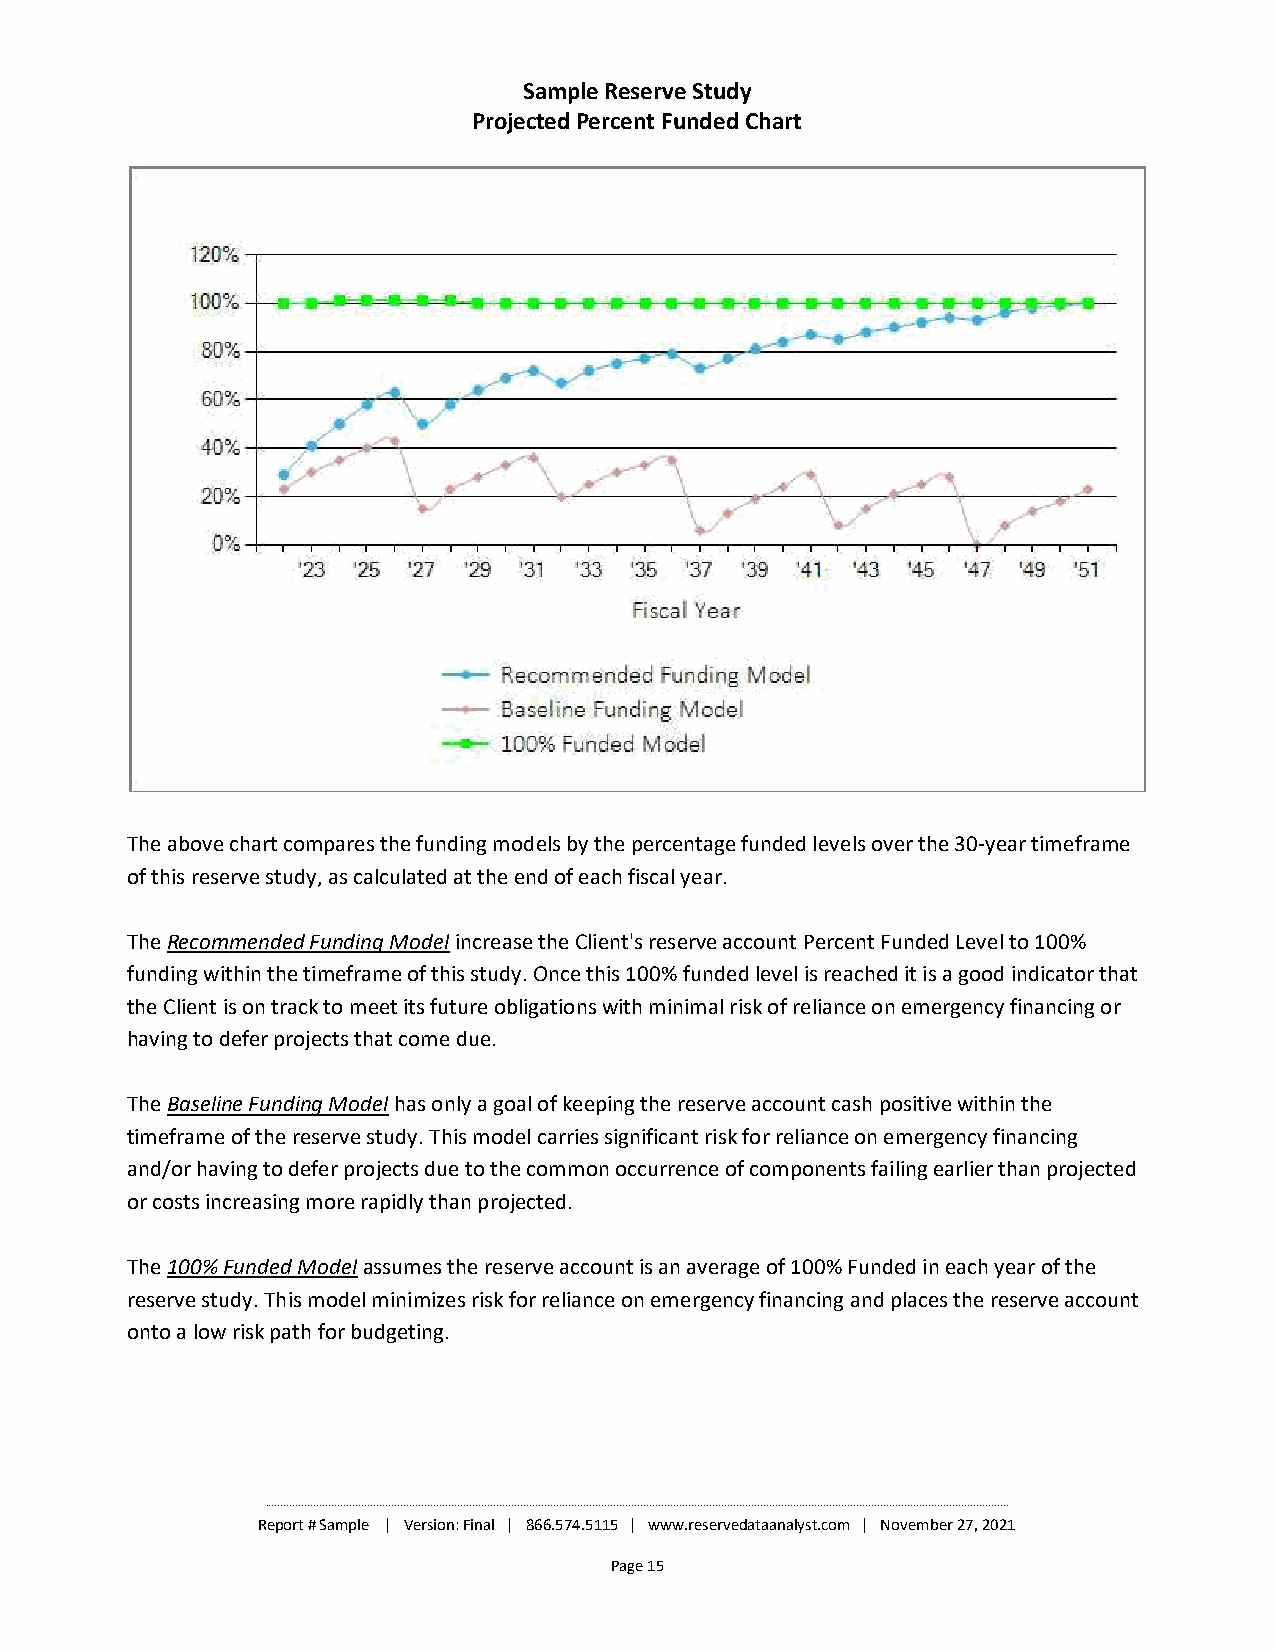
Sample Reserve Study
 Projected Percent Funded Chart
 The above chart compares the funding models by the percentage funded levels over the 30-year timeframe
 of this reserve study, as calculated at the end of each fiscal year.
 The Recommended Funding Modelincrease the Client's reserve account Percent Funded Level to 100%
 funding within the timeframe of this study. Once this 100% funded level is reached it is a good indicator that
 the Client is on track to meet its future obligations with minimal risk of reliance on emergency financing or
 having to defer projects that come due.
 The Baseline Funding Modelhas only a goal of keeping the reserve account cash positive within the
 timeframe of the reserve study. This model carries significant risk for reliance on emergency financing
 and/or having to defer projects due to the common occurrence of components failing earlier than projected
 or costs increasing more rapidly than projected.
 The 100% Funded Modelassumes the reserve account is an average of 100% Funded in each year of the
 reserve study. This model minimizes risk for reliance on emergency financing and places the reserve account
 onto a low risk path for budgeting.
 ________________________________________________________________________________________________________________________________________________________________________________________________________________________________________________________
 Report # Sample | Version: Final | 866.574.5115 | www.reservedataanalyst.com | November 27, 2021
 Page 15